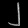
Digit: ၂